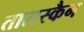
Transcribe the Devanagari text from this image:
तारास्कैन